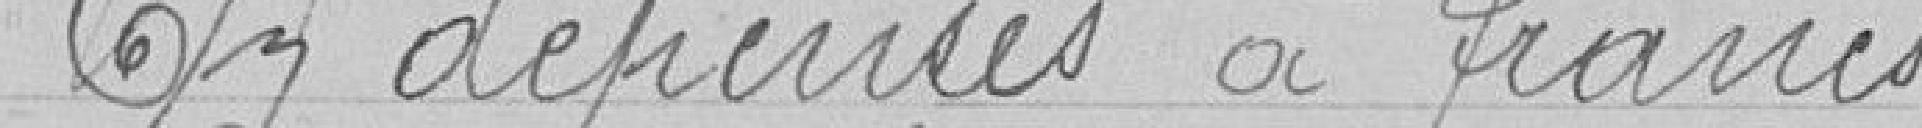
En dépenses à francs